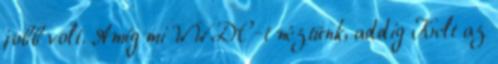
jobb volt. Amíg mi WWDC-t néztünk, addig Kelt az